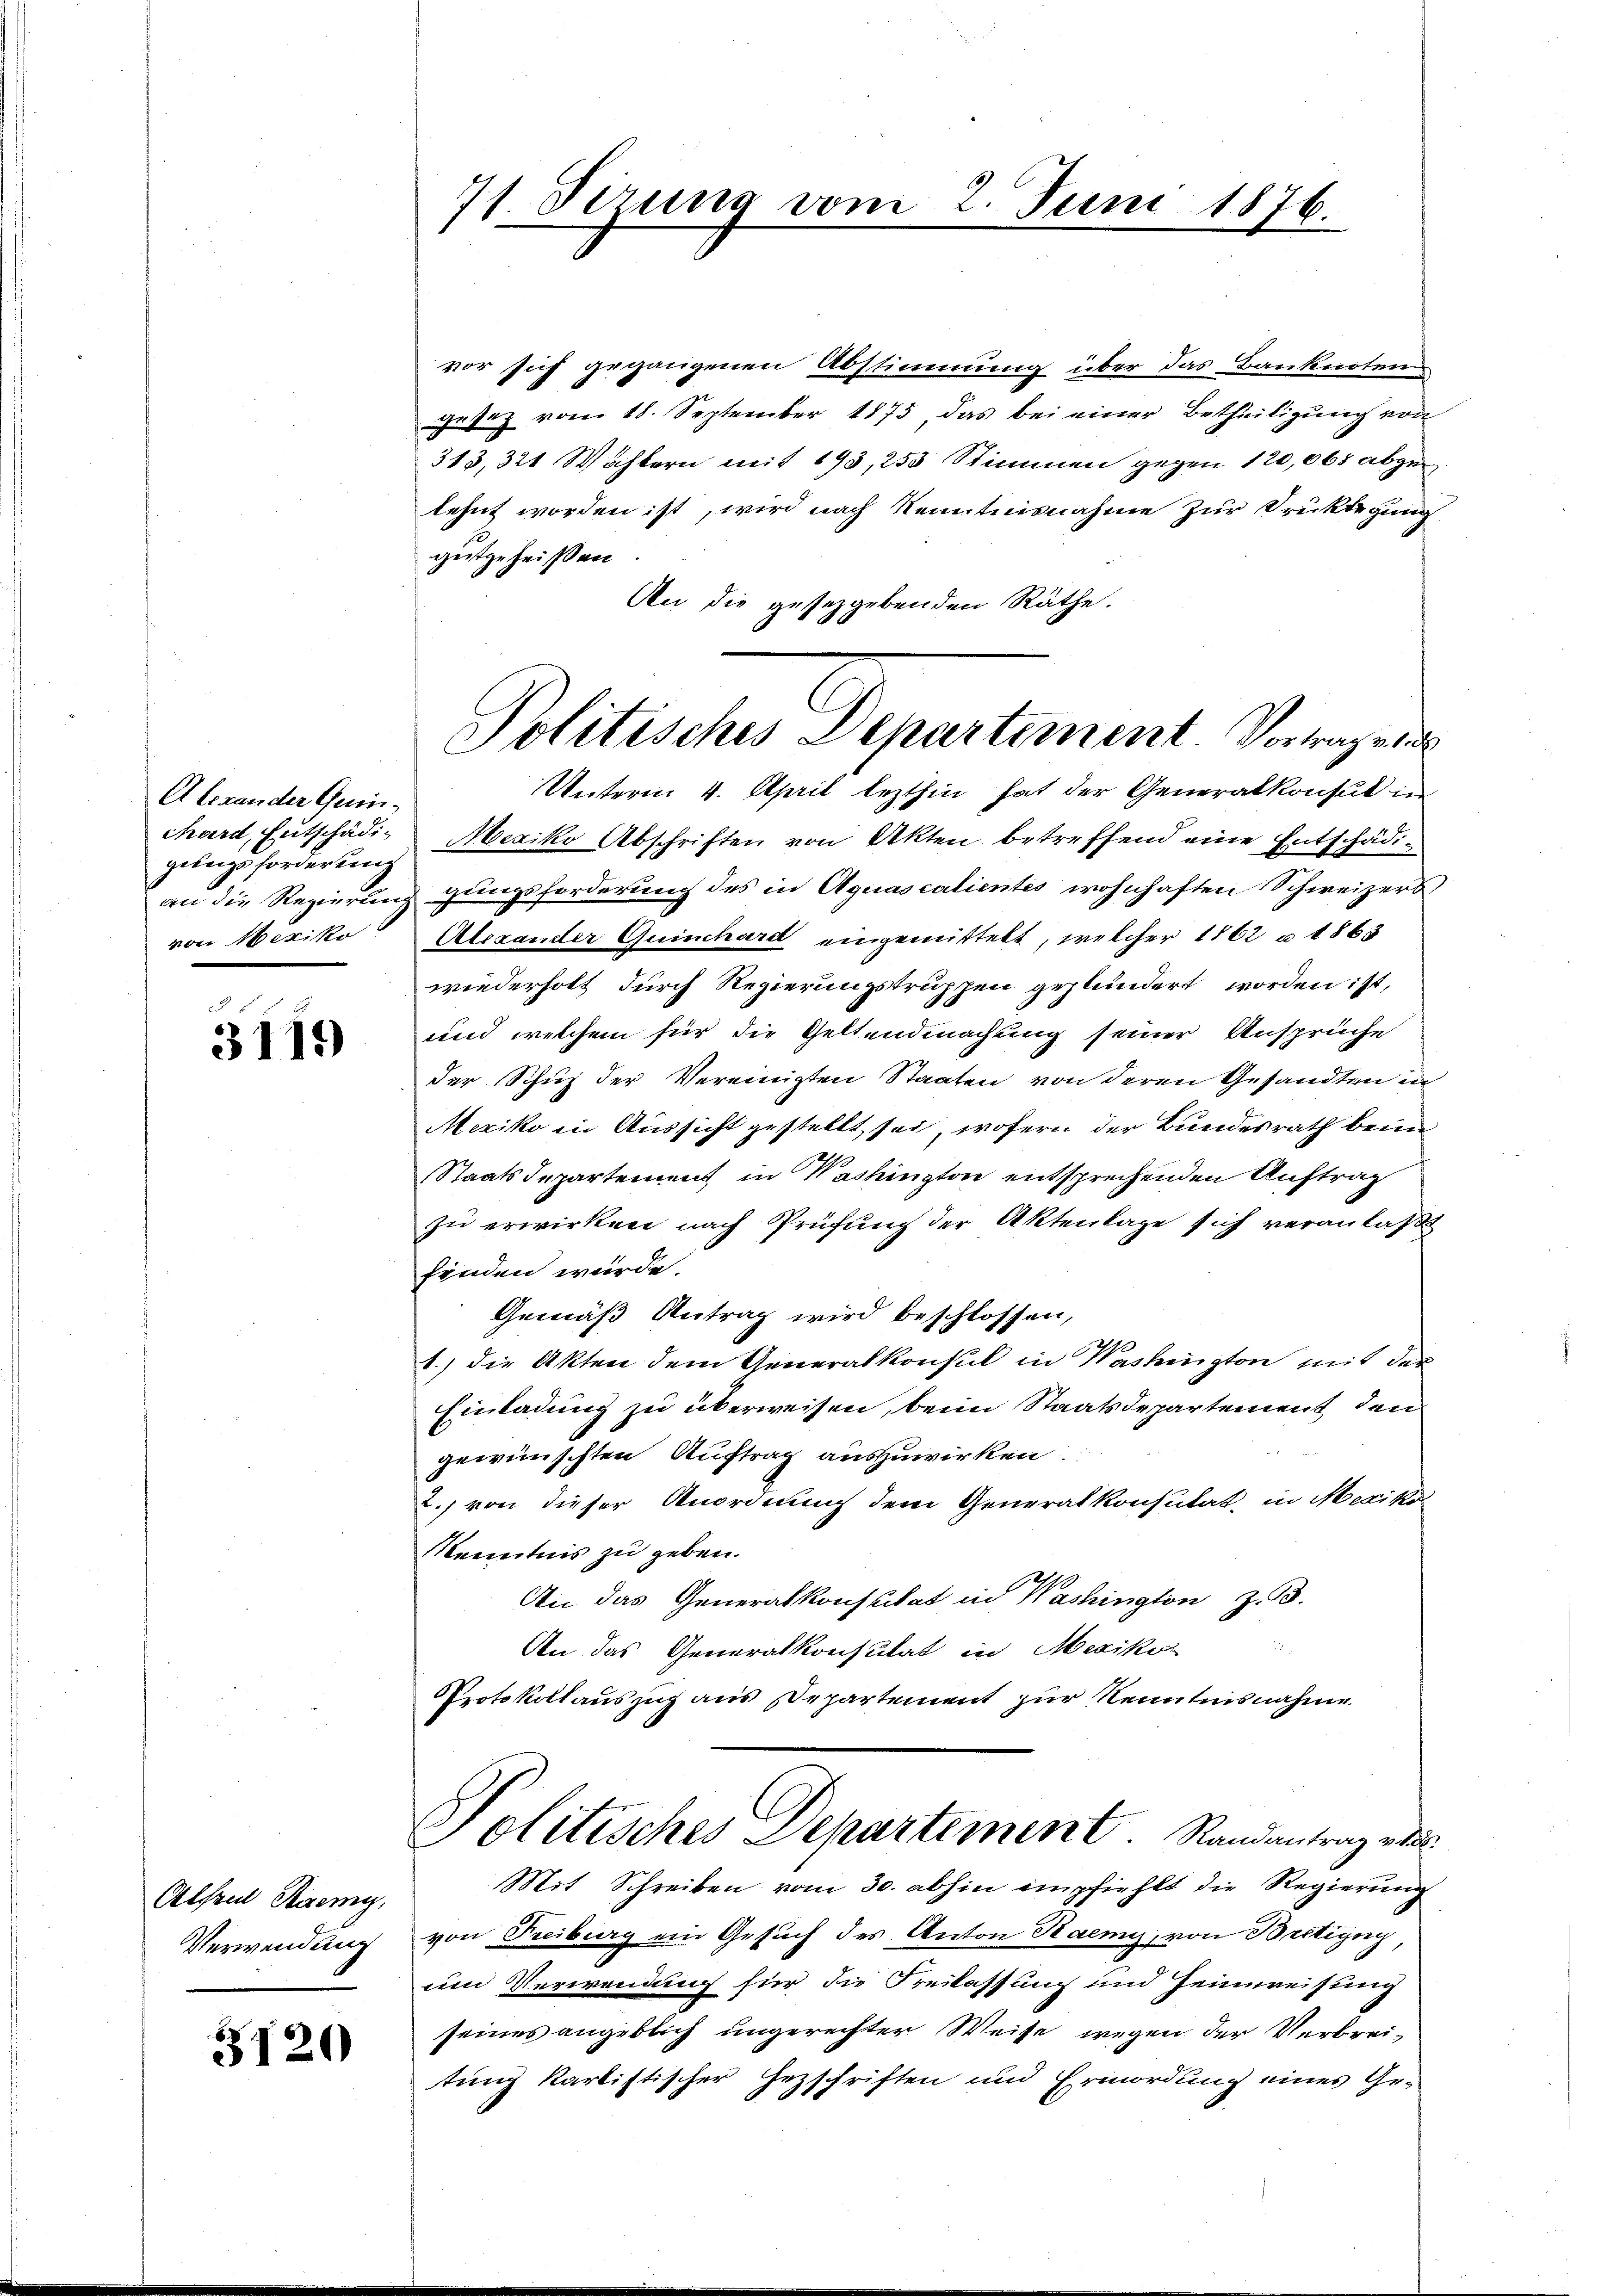
Alexander Geringebungsforderung
von Mexiko

3119

Alfred Raemy,
Verwendung

5120

vor sich gegangenen Abstimmung über das Banknoten
gesez vom 18. September 1875, das bei einer Betheiligung von
313, 321 Wöchtern mit 193, 253 Stimmen gegen 120,065 abge
lehnt worden ist, wird nach Kenntnisnahme zur Drüktegung
gutgeheißen
An die gesezgebenden Räthe.
Unterm 4. April lezthin hat der Generalkonsul in
chard, Entschädi- Mexiko Abschriften von Akten betreffend eine Entschädian die Regierung gungsforderung des in Aquascalientes wohnhaften Schweizers
Alexander Quinchard eingemittelt, welcher 1862 u. 1863
wiederholt durch Regierungstruppen geplündert worden ist,
und welchem für die Geltendmachung seiner Ansprüche
der Schuz der Vereinigten Staaten von deren Gesandten in
Mexiko in Aussicht gestellt sei, wofern der Bundesrath beim
Staatsdepartement in Washington entsprechenden Auftrag
zu erwirken nach Prüfung der Aktenlage sich veranlaßt
finden würde.
Gemäß Antrag wird beschlossen,
1.) die Akten dem Generalkonsul in Washington mit der
Einladung zu überweisen, beim Staatsdepartement den
gewünschten Auftrag auszuwirken
2.) von dieser Anordnung dem Generalkonsutat, in Mexiko
Kenntnis zu geben.
An das Generalkonsulat in Washington Z. 3.
An das Generalkonsulat in Mexiko
Protokollauszug aus Departement zur Kenntnisnahme.

71. Sezung vom 2. Juni 1876.

Politisches Departement. Vortrage di

Politisches Departement Randantrag des
Mit Schreiben vom 30. abhin empfiehlt die Regierung

von Freiburg ein Gesuch des Anton Kaemy, von Bretigny
um Verwendung für die Freilassung und Heimweisung
seines angeblich ungerechter Weise wegen der Verbreitung kartistischer Gezschriften und Ermordung eines Ge-